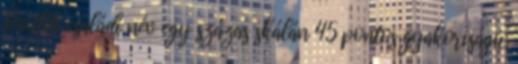
Paulik családi név egy százas skálán 45 pontos gyakoriságú.